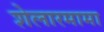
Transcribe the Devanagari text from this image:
शेलारमामा